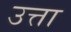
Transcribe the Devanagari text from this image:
उत्ता